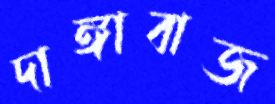
দাঙ্গাবাজ